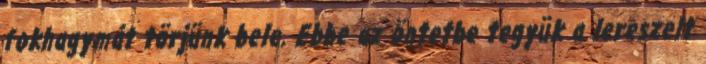
fokhagymát törjünk bele. Ebbe az öntetbe tegyük a lereszelt